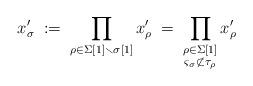
LaTeX: \begin{align*} x_\sigma' \; := \; \prod_{\substack{\rho \in \Sigma[1] \smallsetminus \sigma[1]}}{x_\rho'} \; = \; \prod_{\substack{\rho \in \Sigma[1] \\ \varsigma_\sigma \not\subset \tau_\rho}}{x_\rho'} \end{align*}